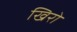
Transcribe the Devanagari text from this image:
खिरो